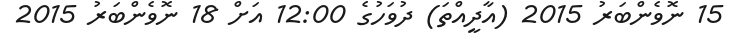
15 ނޮވެންބަރު 2015 (އާދީއްތަ) ދުވަހުގެ 12:00 އަށް 18 ނޮވެންބަރު 2015